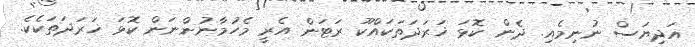
އަދިޔަސް ނުނިމެއި. ދެން ކޮޅަ ޚަރަދަތަކައްކޫ ރަޓަން އެރީ މެހުމާނުންނަން ކޮޅަ ޚަރަދަތަކެކެ.